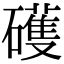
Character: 𥖪